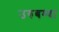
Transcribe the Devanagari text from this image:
उरुबम्बा